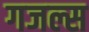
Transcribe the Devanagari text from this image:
गजल्स